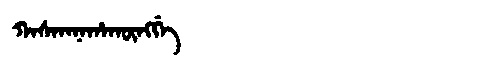
Manchu: ᡴᠠᠰᡴᠠᠨᠠᡥᠠᡴᡡᠩᡤᡝ
Romanization: KASKANAHAKŪNGGE